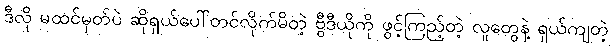
ဒီလို မထင်မှတ်ပဲ ဆိုရှယ်ပေါ်တင်လိုက်မိတဲ့ ဗွီဒီယိုကို ဖွင့်ကြည့်တဲ့ လူတွေနဲ့ ရှယ်ကျတဲ့